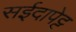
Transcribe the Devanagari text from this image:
सईदापेट्ट